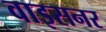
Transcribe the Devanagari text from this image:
वाइसनर